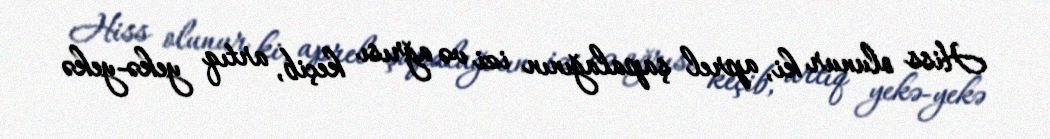
Hiss olunur ki, aprel şapalağının izi və ağrısı keçib, artıq yekə-yekə